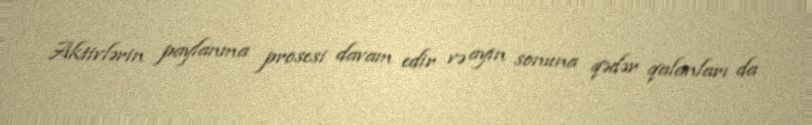
Aktivlərin paylanma prosesi davam edir və ayın sonuna qədər qalanları da